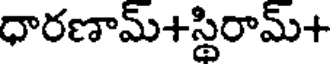
ధారణామ్+స్థిరామ్+